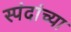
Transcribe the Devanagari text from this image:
स्पंदांच्या